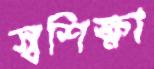
স্বশিক্ষা